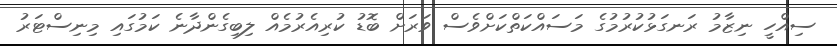
ސިއްހީ ނިޒާމު ރަނގަޅުކުރުމުގެ މަސައްކަތްކަށްވެސް ވަރަށް ބޮޑު ކުރިއެރުމެއް ލިބިގެންދާނެ ކަމުގައި މިނިސްޓަރު